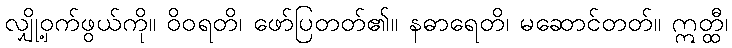
လျှို့ဝှက်ဖွယ်ကို။ ဝိဝရတိ၊ ဖော်ပြတတ်၏။ နဓာရေတိ၊ မဆောင်တတ်။ ဣတ္ထီ၊